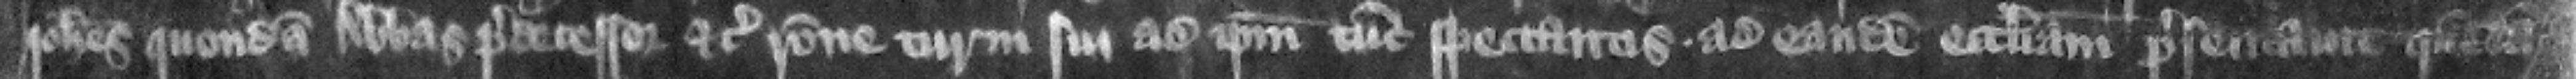
Iohannes quondam abbas predecessor etc. racione turni sui ad ipsum tun spectantis ad eandem ecclesiam presentauit quendam